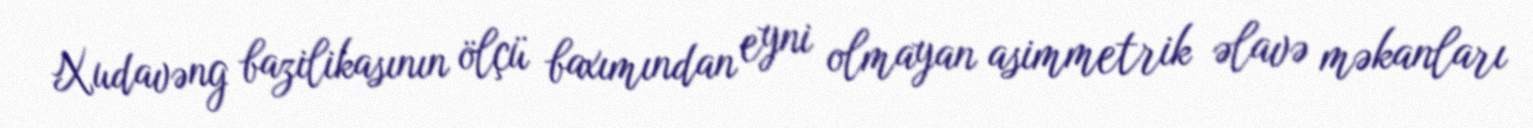
Xudavəng bazilikasının ölçü baxımından eyni olmayan asimmetrik əlavə məkanları